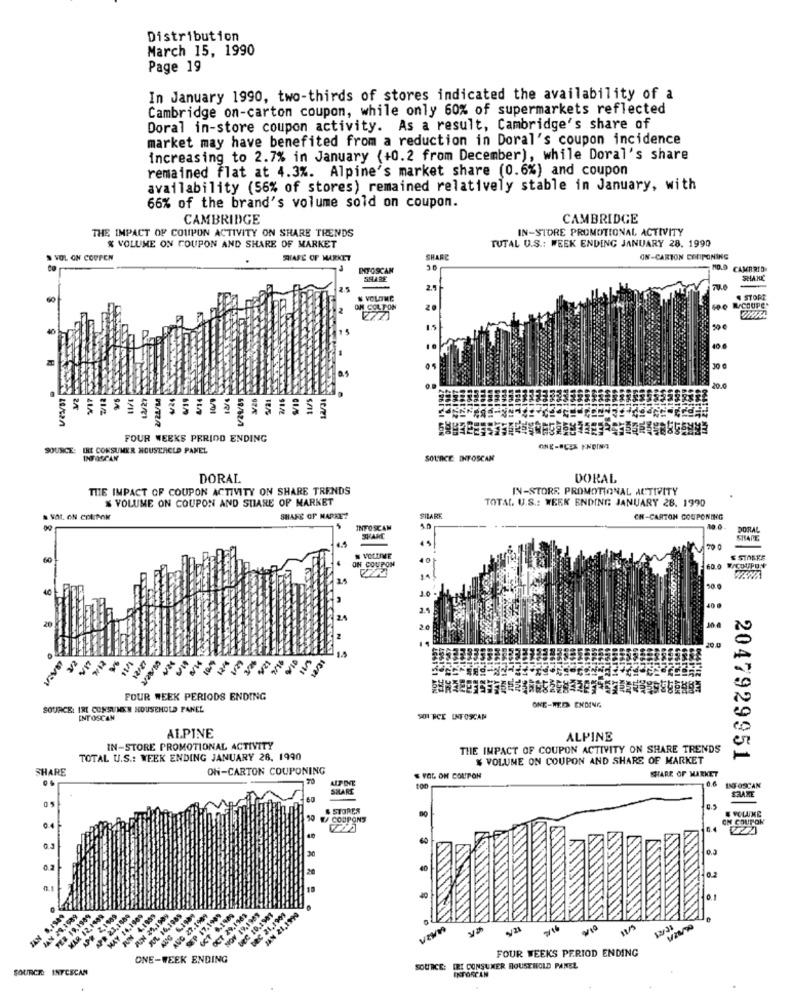
Distribution
March 15, 1990
Page 19
In January 1990, two-thirds of stores indicated the availability of a
Cambridge on-carton coupon, while only 60% of supermarkets reflected
Doral in-store coupon activity. As a result, Cambridge's share of
market may have benefited from a reduction in Doral's coupon incidence
increasing to 2.7% in January (+0.2 from December), while Doral's share
remained flat at 4.3%. Alpine's market share (0.6%) and coupon
availability (56% of stores) remained relatively stable in January, with
66% of the brand's volume sold on coupon.
CAMBRIDGE
CAMBRIDGE
THE IMPACT OF COUPON ACTIVITY ON SHARE TRENDS
IN-STORE PROMOTIONAL ACTIVITY
& VOLUME ON COUPON AND SHARE OF MARKET
TUTAL U.S .: WEEK ENDING JANUARY 28. 1990
VOL ON COUPEN
SAFE OF MARKET
SHARE
ON-CARTON CORPONING
INFOSCAN
1D.O CAMBRID
SSLARE
SHANK
N VOLUME
STORE
ON COLTON
20
400 RCOUPE+
8
40
30 0
20.0
1/11
6/01
FOUR WEEKS PERIOD ENDING
SOURCE: IRE CONSUMER HOUSTRCLD PANEL
SOURCE: INFOSCAN
DORAL
DORAL
THE IMPACT OF COUPON ACTIVITY ON SHARE TRENDS
IN-STORE PROMOTIONAL ACTIVITY
% VOLUME ON COUPON AND SUIARE OF MARKET
TOTAL. U.S .: WERK ENDING JANUARY 28. 1990
SHARE OF MARKET
SILARE
CH-CARTON COUPONING
INFOSCAN
5.0
DORAL
4.4
SHARE
ON COUPON
# VOLUME
W/COUPON
10
40 0
20
20.0
POUR WEEK PERIODS ENDING
SOURCE: IRI CONSUMER HOUSEHOLD PANEL
ONE-MED ENDING
INTOSCAN
901 RCE INFOSCAN
ALPINE
ALPINE
IN-STORE PROMOTIONAL ACTIVITY
THE IMPACT OF COUPON ACTIVITY ON SHARE TRENDS
TOTAL U.S .: WEEK ENDING JANUARY 26, 1990
$ VOLUME ON COUPON AND SHARE OF MARKET
2047929951
SHARE
ON-CARTON COUPONING
SHARE OF MARKET
FOL ON COUPON
INFOSCAN
SHARE
SHARE
05
& STORES
COUPONS
ON COUPON
30
IAN 5.1949
MAY 28,1989
FER 19,1989
MAR 12.1499
NPR 23.1889
MAY 14.1900
TUIN 4,1959
RUIN 35,1989
AUG 27.1909
EP 17,1989
FOUR WEEKS PERIOD ENDING
ONE-WEEK ENDING
SOURCES 1
INVCSCAN
SOURCE: IRI CONSUMER HOUSEHOLD PANEL
EKTORCAN